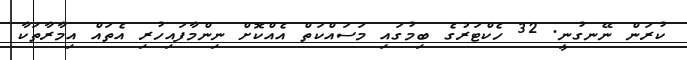
ކުރަން ނޭނގުނީ. 32 ހެކްޓަރުގެ ބިމުގައި މަސައްކަތް އެއްކޮށް ނިންމާފައިހުރި އެތައް އިމާރާތަކާ